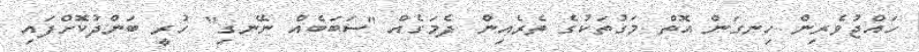
ހައްޖުވެރިން ހިނގަން އޮތް މަގުތަކުގެ ތެރެއިން ދެމަގެއް "ސަބަބެއް ނޭނގި" ހުރީ ބަންދުކޮށްފައި